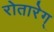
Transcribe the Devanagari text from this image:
रोतारेग्